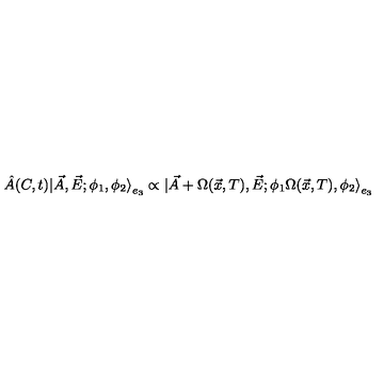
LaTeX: \hat { A } ( C , t ) | \vec { A } , \vec { E } ; \phi _ { 1 } , \phi _ { 2 } { \rangle } _ { e _ { 3 } } \propto | \vec { A } + \Omega ( \vec { x } , T ) , \vec { E } ; \phi _ { 1 } \Omega ( \vec { x } , T ) , \phi _ { 2 } { \rangle } _ { e _ { 3 } }